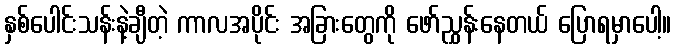
နှစ်ပေါင်းသန်းနဲ့ချီတဲ့ ကာလအပိုင်း အခြားတွေကို ဖော်ညွှန်းနေတယ် ပြောရမှာပေါ့။